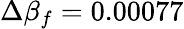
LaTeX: \Delta\beta_{f}=0.00077